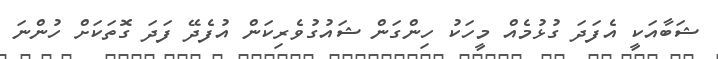
ޝަބާއަކީ އެފަދަ ގުޅުމެއް މީހަކު ހިންގަން ޝައުގުވެރިކަން އުފެދޭ ފަދަ ގޮތަކަށް ހުންނަ